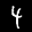
Label: 4